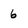
Character: 6